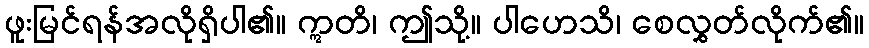
ဖူးမြင်ရန်အလိုရှိပါ၏။ ဣတိ၊ ဤသို့။ ပါဟေသိ၊ စေလွှတ်လိုက်၏။